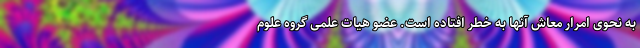
به نحوی امرار معاش آنها به خطر افتاده است. عضو هیات علمی گروه علوم